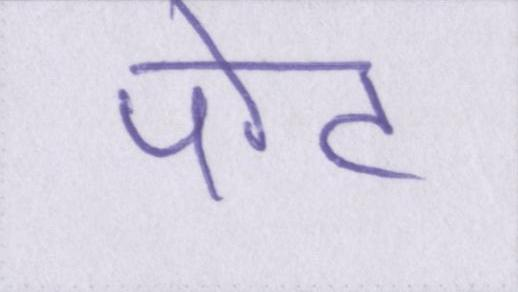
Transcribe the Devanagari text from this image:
पोट